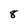
Character: 8